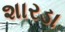
શારડા